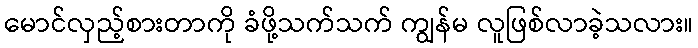
မောင်လှည့်စားတာကို ခံဖို့သက်သက် ကျွန်မ လူဖြစ်လာခဲ့သလား။